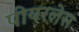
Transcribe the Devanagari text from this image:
पीयरलेस